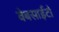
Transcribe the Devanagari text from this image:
वेबसाईटो